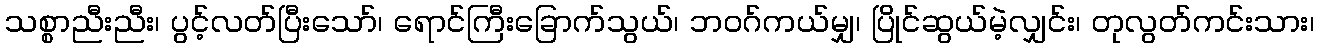
သစ္စာညီးညီး၊ ပွင့်လတ်ပြီးသော်၊ ရောင်ကြီးခြောက်သွယ်၊ ဘဝဂ်ကယ်မျှ၊ ပြိုင်ဆွယ်မဲ့လျှင်း၊ တုလွတ်ကင်းသား၊